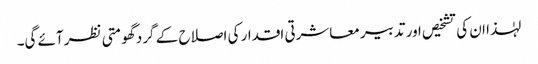
لہٰذا ان کی تشخیص اور تدبیر معاشرتی اقدار کی اصلاح کے گرد گھومتی نظر آئے گی۔